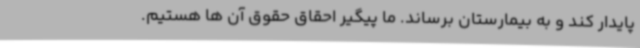
پایدار کند و به بیمارستان برساند. ما پیگیر احقاق حقوق آن ها هستیم.